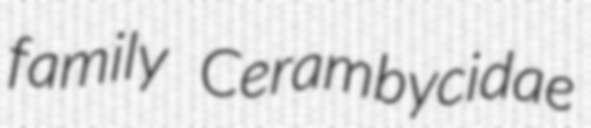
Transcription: family Cerambycidae